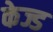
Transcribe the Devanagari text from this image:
केज्ड